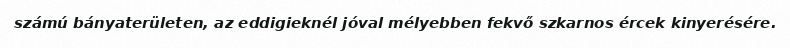
számú bányaterületen, az eddigieknél jóval mélyebben fekvő szkarnos ércek kinyerésére.